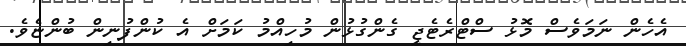
އެހެން ނަަމަވެސް މޮޅު ސްޓްރެޓެޖީ ގެންގުޅުން މުހިއްމު ކަމަށް އެ ކުންފުނިން ބުންޏެވެ.